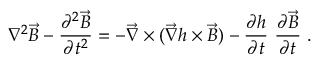
\nabla ^ { 2 } \vec { B } - \frac { \partial ^ { 2 } \vec { B } } { \partial t ^ { 2 } } = - \vec { \nabla } \times ( \vec { \nabla } h \times \vec { B } ) - \frac { \partial h } { \partial t } \ \frac { \partial \vec { B } } { \partial t } \ .